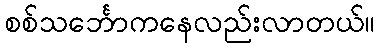
စစ်သင်္ဘောကနေလည်းလာတယ်။